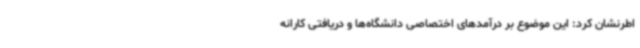
اطرنشان کرد: این موضوع بر درآمدهای اختصاصی دانشگاه‌ها و دریافتی کارانه